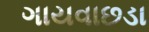
ગાયવાછડા